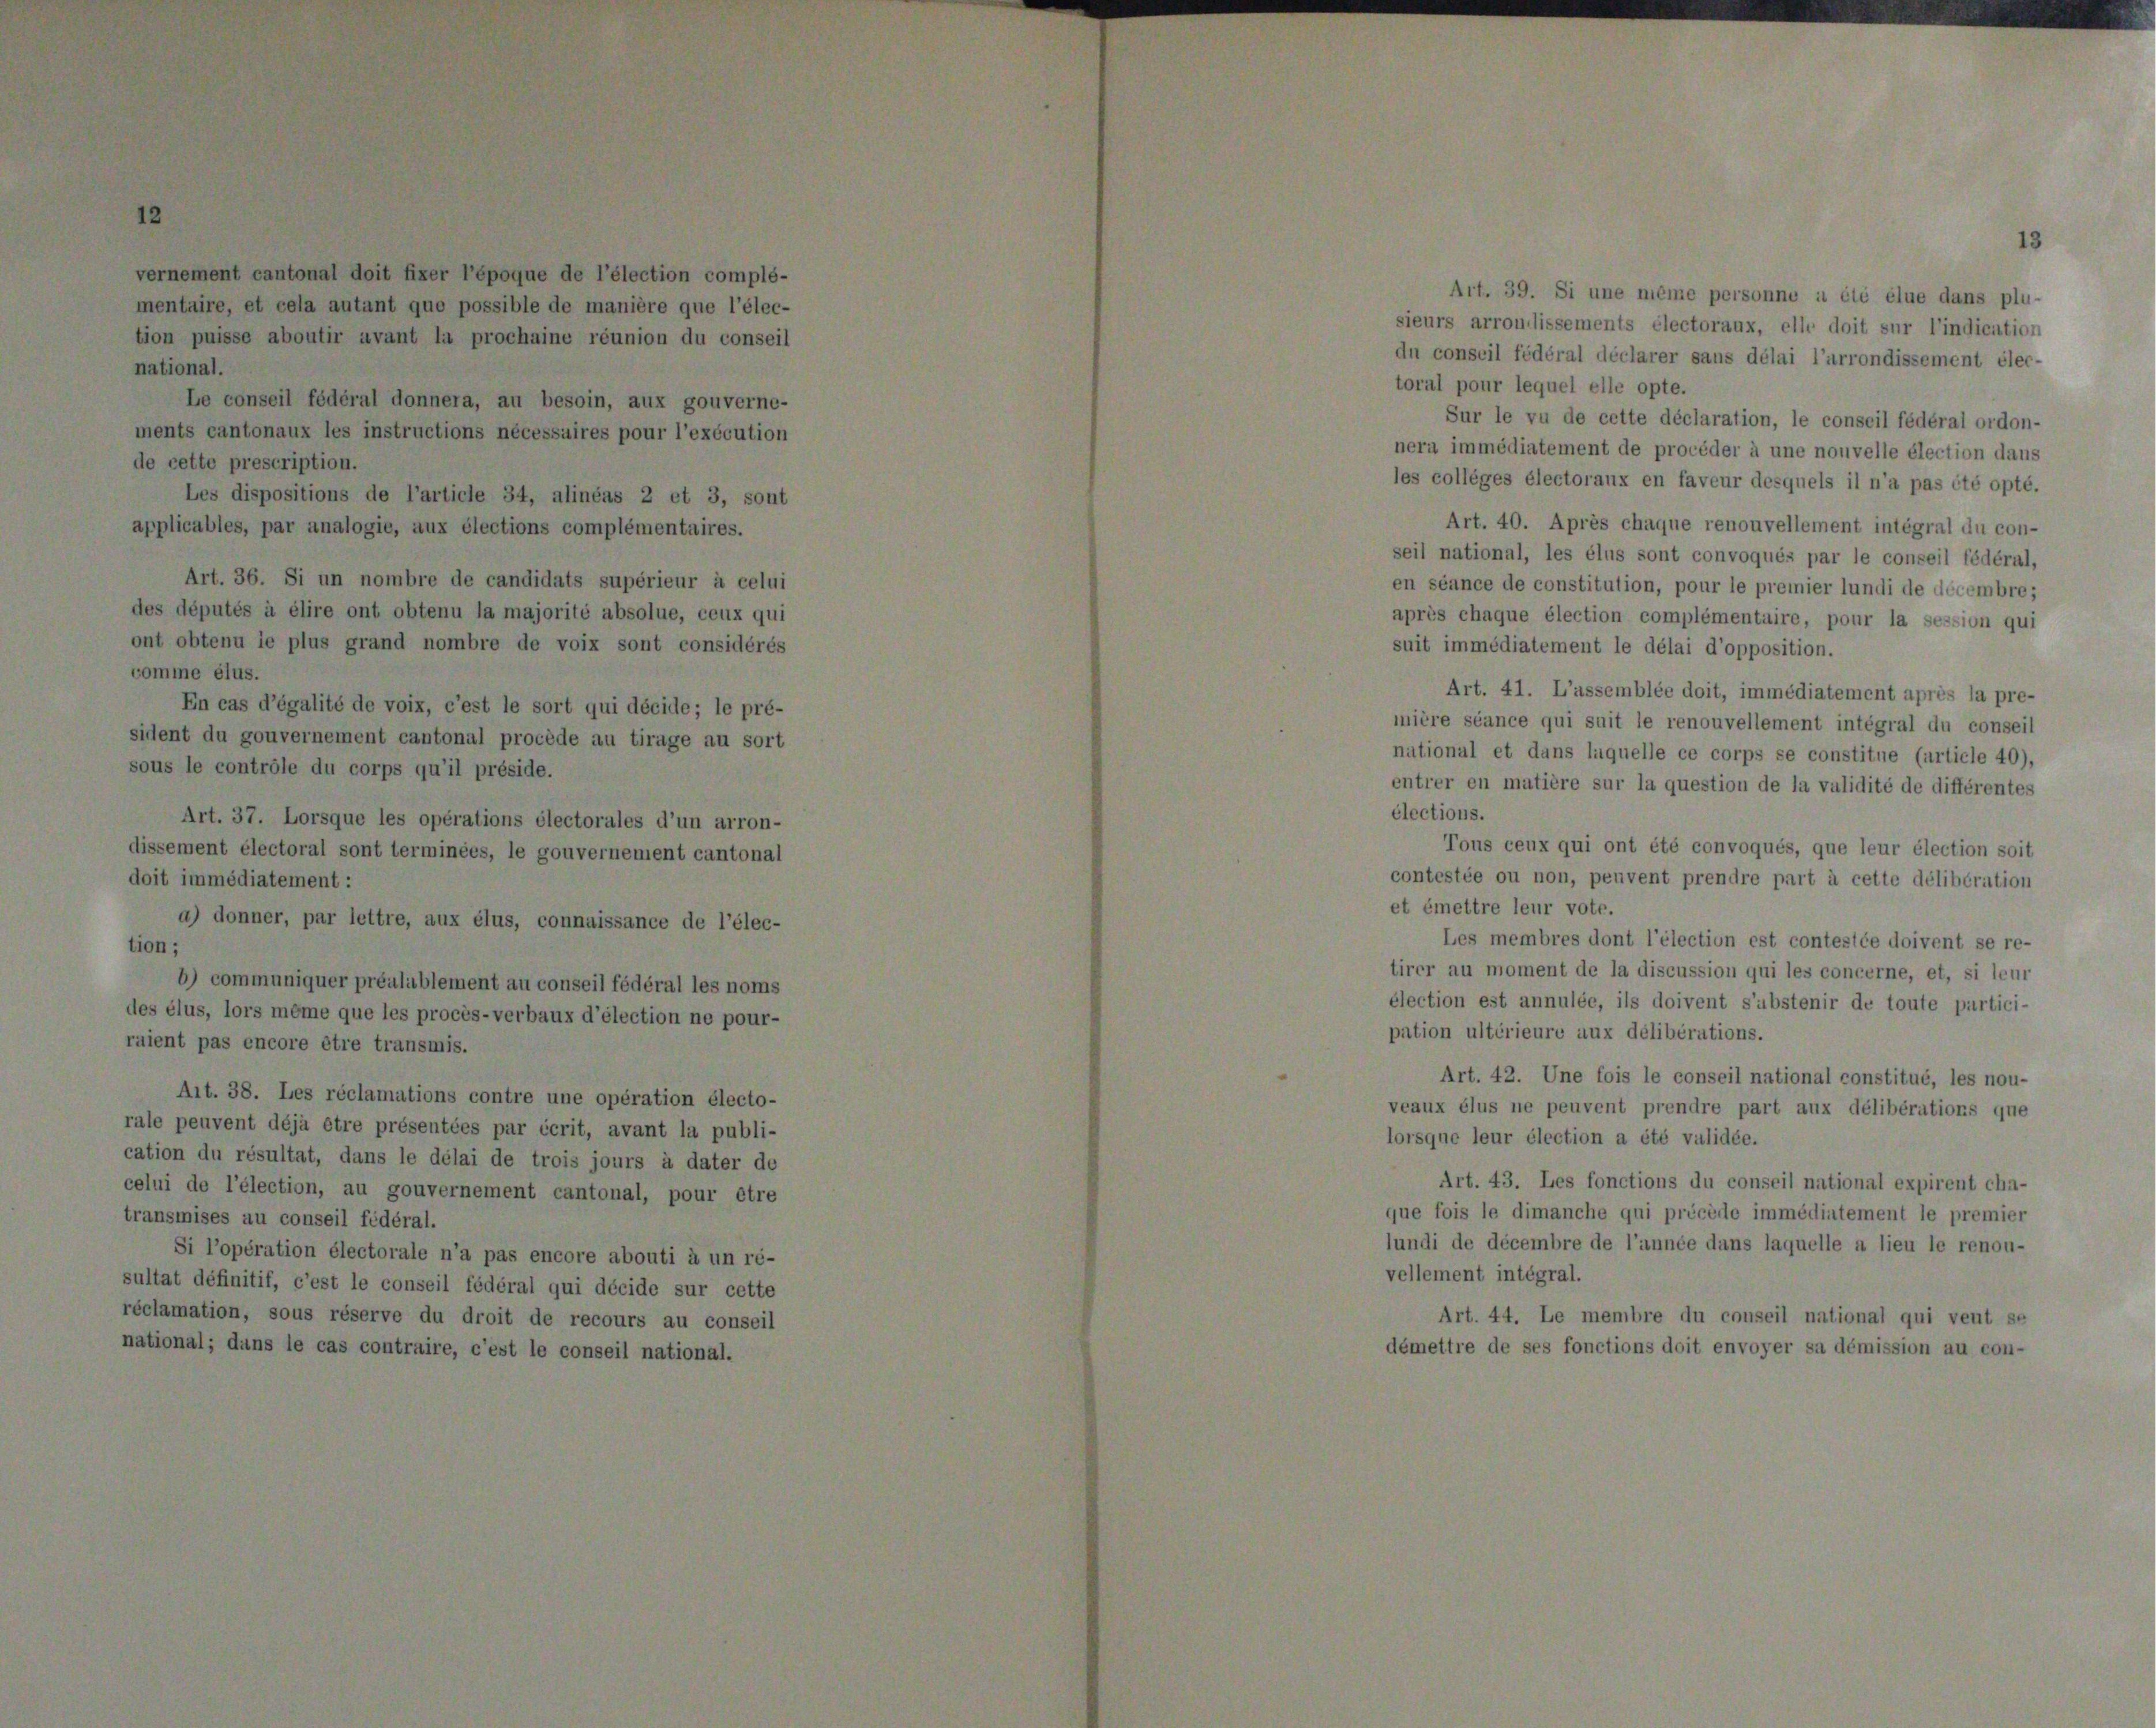
0

i à un ré-
ir cette

e cette
nent de

40. Après chaque renouvellement ir
onal, les élus sont convoqués par le
e de constitution, pour le premier lund
aque élection complémentaire, pour la session qui
édiatement le délai d’opposition.
 41. L’assemblée doit, immédiatement après la pre-
sance qui suit le renouvellement intégral du conseil

8

x qui ont été convoqués, que l

1

le

tégral du con-
conseil fédéral,
i de decembre;

e corps se constitue (article 40),
lestion de la validité de différentes

endre part à ce

scil
velle

ar